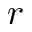
r